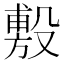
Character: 𪵐